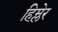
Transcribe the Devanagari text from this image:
हिम्लेर